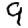
Digit: 9